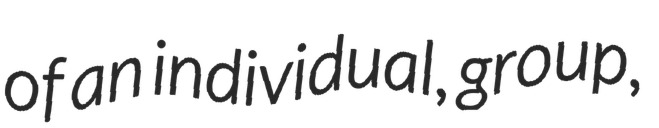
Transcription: of an individual, group,